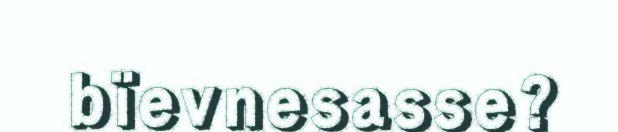
bïevnesasse?